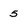
Character: 5